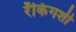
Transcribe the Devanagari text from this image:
रँकिंगशी